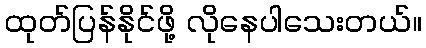
ထုတ်ပြန်နိုင်ဖို့ လိုနေပါသေးတယ်။